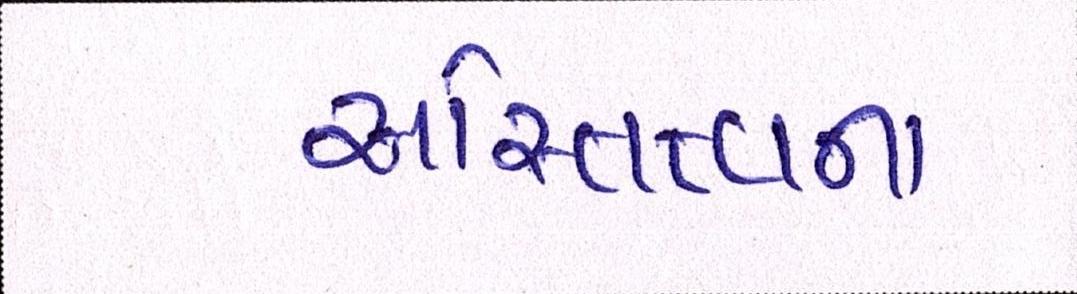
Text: અસ્તિત્વના